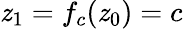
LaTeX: \mathit{z}_{1}=f_{c}(\mathit{z}_{0})=c